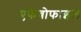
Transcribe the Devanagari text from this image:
एफेबोफाइल